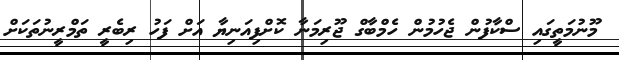
މޫނުމަތީގައި ސްކާފުން ޖެހުމުން ހެމްބާގް ޖޫރިމަނާ ކޮށްފިއަނިޔާ އަށް ފަހު ރިބެރީ ތަމްރީނުތަކަށް